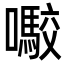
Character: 㘐